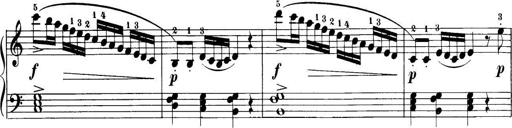
Title: 32 Sonatinas and Rondos for the Piano
Composer: Richard Kleinmichel